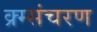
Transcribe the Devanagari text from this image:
क्र्म्संचरण